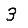
Digit: 3